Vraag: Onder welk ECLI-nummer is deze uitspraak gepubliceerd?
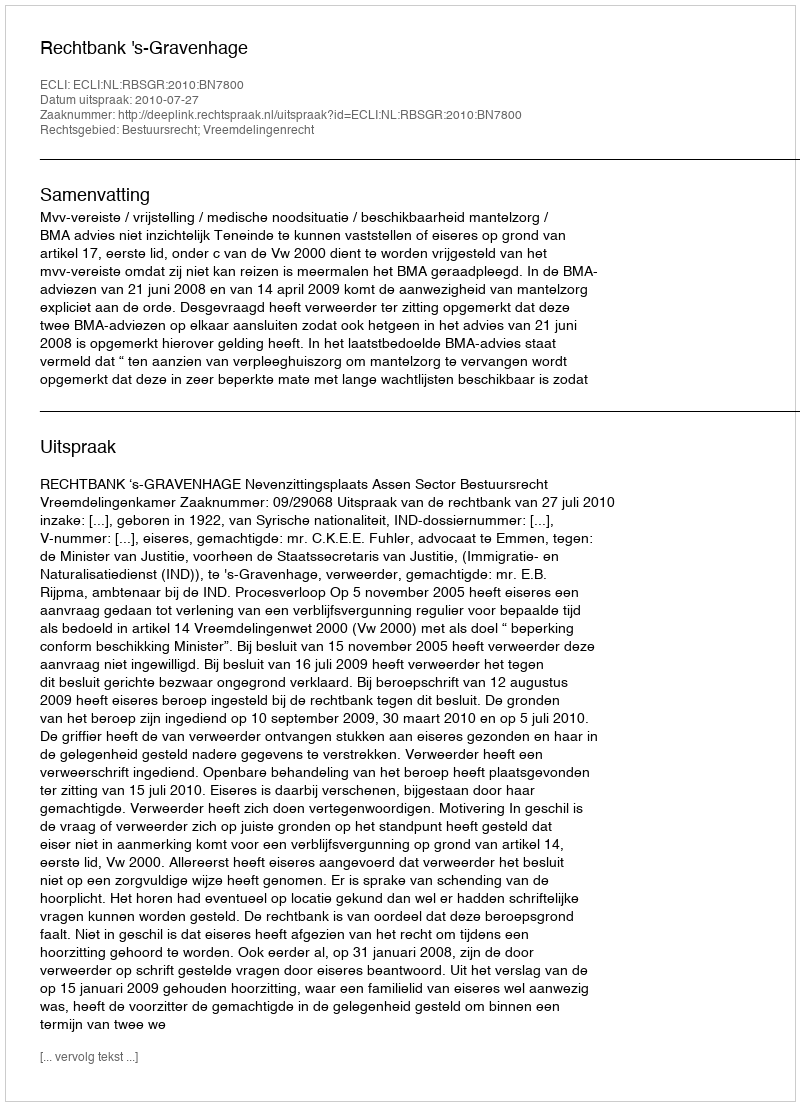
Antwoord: ECLI:NL:RBSGR:2010:BN7800